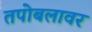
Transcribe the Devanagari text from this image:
तपोबलावर